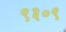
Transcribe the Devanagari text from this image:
९३०९